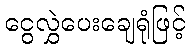
ငွေလွှဲပေးချေရုံဖြင့်